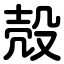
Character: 殻